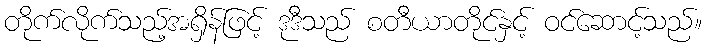
တိုက်လိုက်သည့်အရှိန်ဖြင့် ဒုဒီသည် စတီယာတိုင်နှင့် ဝင်ဆောင့်သည်။